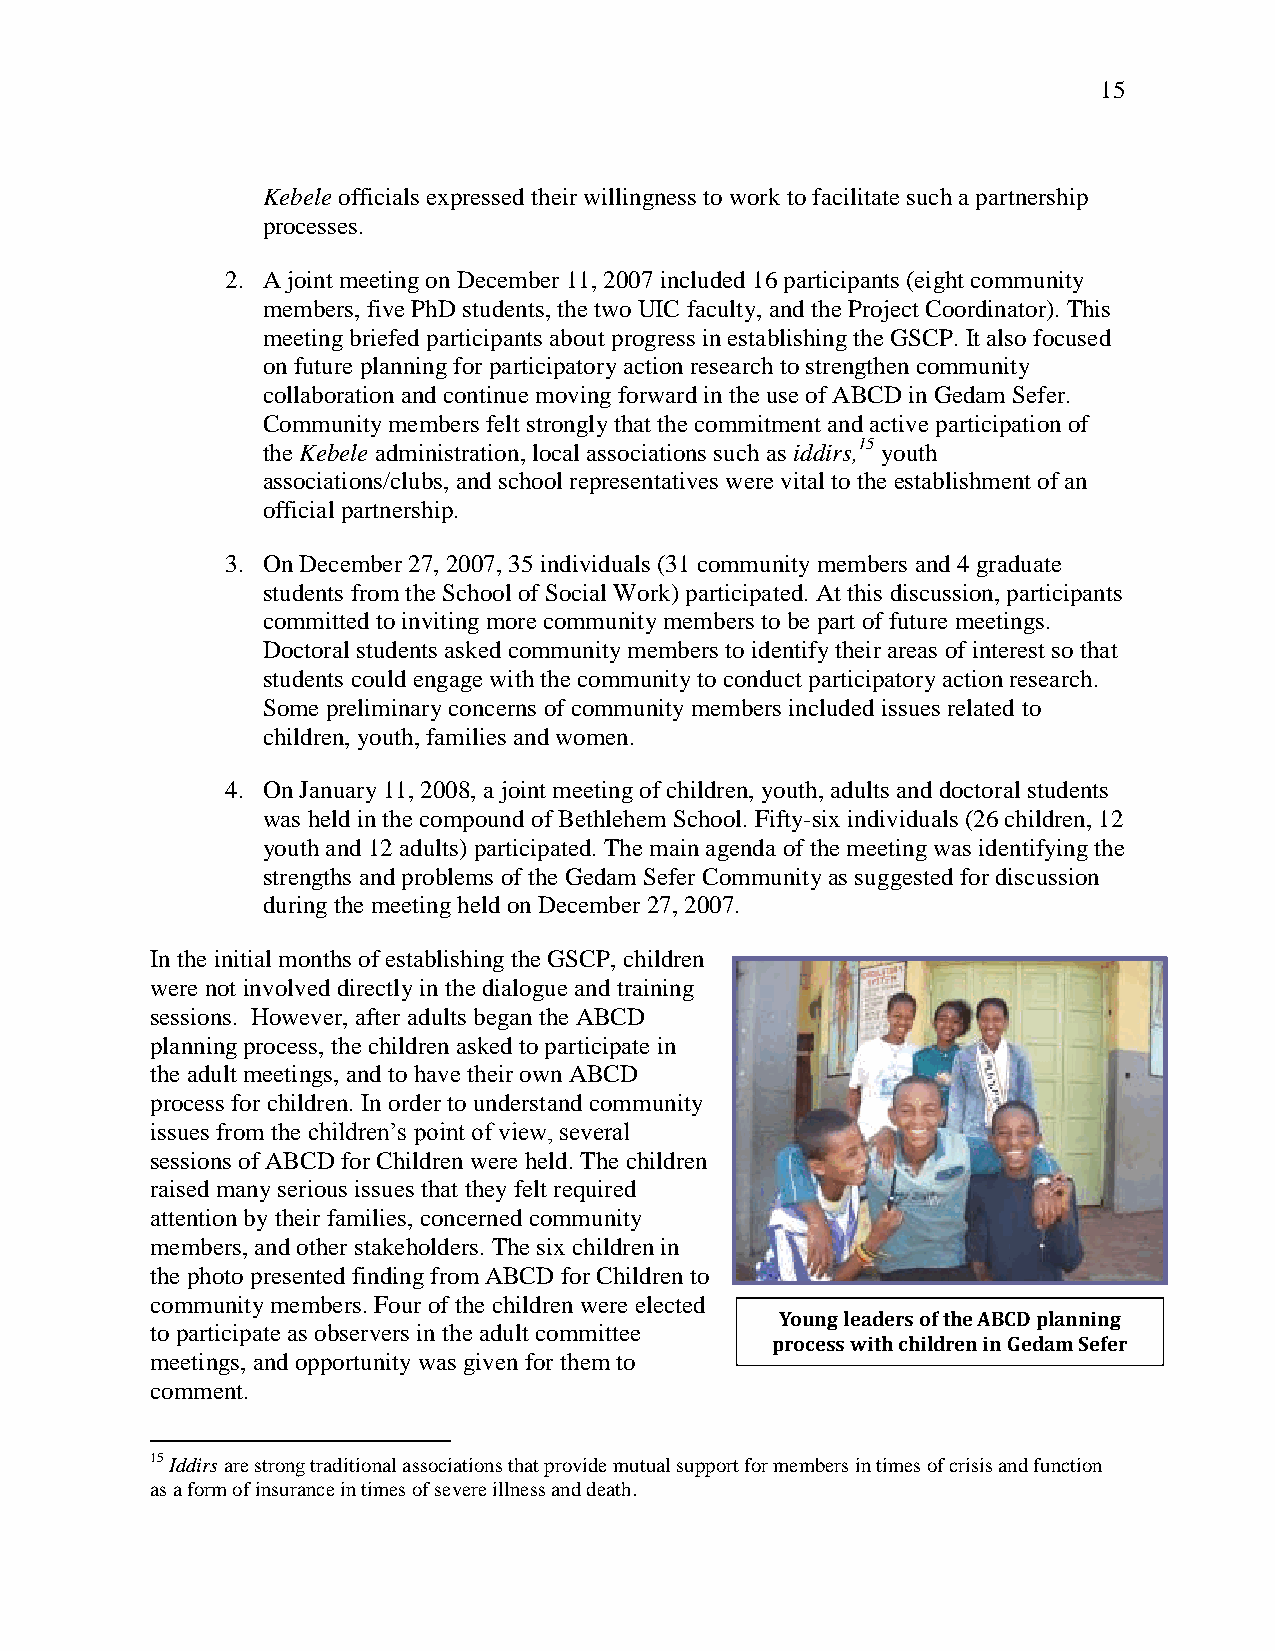
15
 Kebele officials expressed their willingness to work to facilitate such a partnership
 processes.
 2. A joint meeting on December 11, 2007 included 16 participants (eight community
 members, five PhD students, the two UIC faculty, and the Project Coordinator). This
 meeting briefed participants about progress in establishing the GSCP. It also focused
 on future planning for participatory action research to strengthen community
 collaboration and continue moving forward in the use of ABCD in Gedam Sefer.
 Community members felt strongly that the commitment and active participation of
 the Kebele administration, local associations such as iddirs,15 youth
 associations/clubs, and school representatives were vital to the establishment of an
 official partnership.
 3. On December 27, 2007, 35 individuals (31 community members and 4 graduate
 students from the School of Social Work) participated. At this discussion, participants
 committed to inviting more community members to be part of future meetings.
 Doctoral students asked community members to identify their areas of interest so that
 students could engage with the community to conduct participatory action research.
 Some preliminary concerns of community members included issues related to
 children, youth, families and women.
 4. On January 11, 2008, a joint meeting of children, youth, adults and doctoral students
 was held in the compound of Bethlehem School. Fifty-six individuals (26 children, 12
 youth and 12 adults) participated. The main agenda of the meeting was identifying the
 strengths and problems of the Gedam Sefer Community as suggested for discussion
 during the meeting held on December 27, 2007.
 In the initial months of establishing the GSCP, children
 were not involved directly in the dialogue and training
 sessions. However, after adults began the ABCD
 planning process, the children asked to participate in
 the adult meetings, and to have their own ABCD
 process for children. In order to understand community
 issues from the children‘s point of view, several
 sessions of ABCD for Children were held. The children
 raised many serious issues that they felt required
 attention by their families, concerned community
 members, and other stakeholders. The six children in
 the photo presented finding from ABCD for Children to
 community members. Four of the children were elected
 Young leaders of the ABCD planning
 to participate as observers in the adult committee
 process with children in Gedam Sefer
 meetings, and opportunity was given for them to
 comment.
 15 Iddirs are strong traditional associations that provide mutual support for members in times of crisis and function
 as a form of insurance in times of severe illness and death.